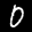
Label: 0